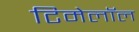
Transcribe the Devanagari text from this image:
टिमेलॉल